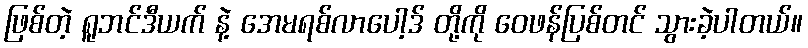
ဖြစ်တဲ့ ရူဘင်ဒီယက် နဲ့ အေမရစ်လာပေါ့ဒ် တို့ကို ဝေဖန်ပြစ်တင် သွားခဲ့ပါတယ်။